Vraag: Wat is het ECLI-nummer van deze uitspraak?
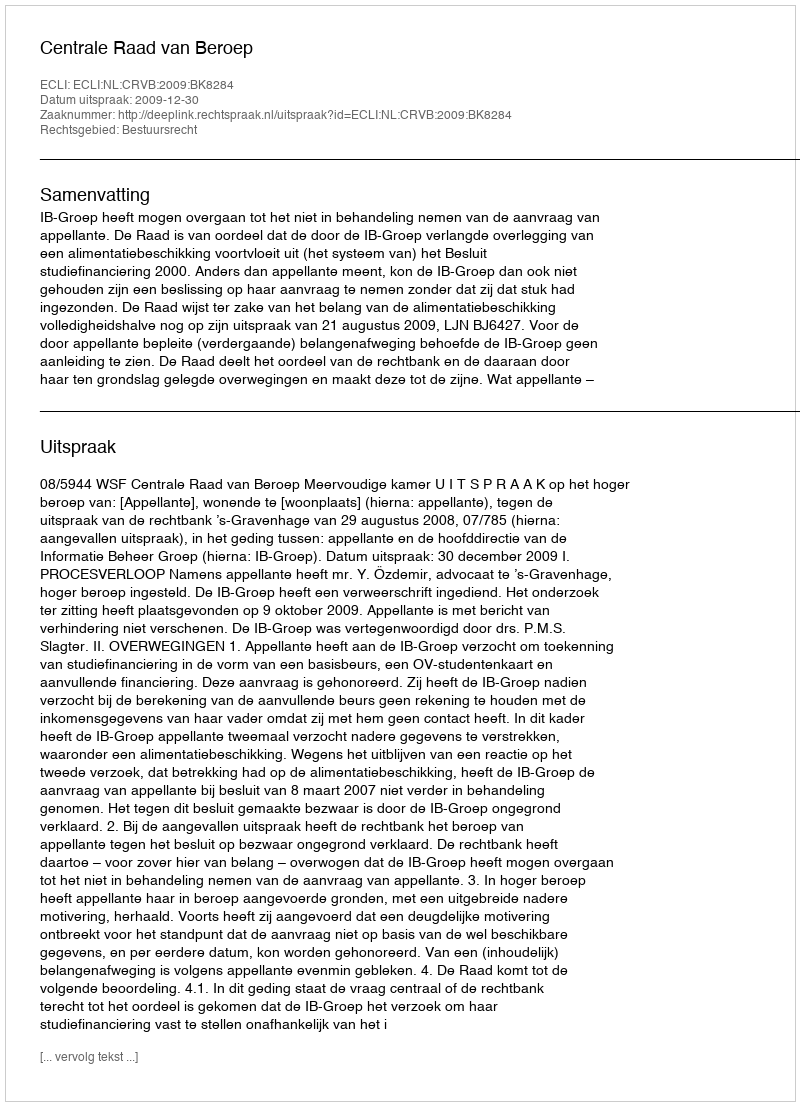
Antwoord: ECLI:NL:CRVB:2009:BK8284